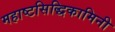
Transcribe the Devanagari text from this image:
महाष्टसिद्धिकामिनी